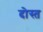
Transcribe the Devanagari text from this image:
दोस्त